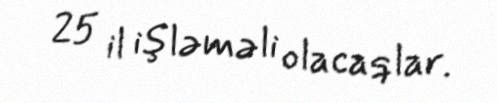
25 il işləməli olacaqlar.